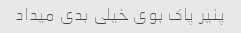
پنیر پاک بوی خیلی بدی میداد